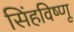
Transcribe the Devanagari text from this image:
सिंहविष्णू